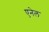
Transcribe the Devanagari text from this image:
एनेल